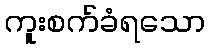
ကူးစက်ခံရသော